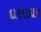
દાણાદાર